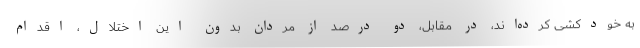
به خودکشی کرده‌اند، در مقابل، دو درصد از مردان بدون این اختلال، اقدام